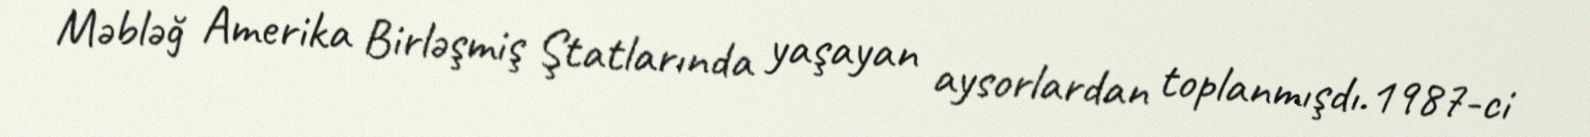
Məbləğ Amerika Birləşmiş Ştatlarında yaşayan aysorlardan toplanmışdı.1987-ci